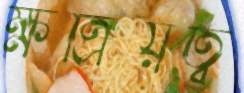
ক্ষত্রিয়ত্ব